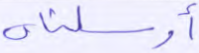
أرسلناه